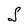
Character: S